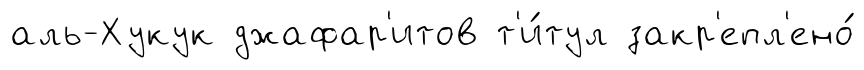
аль-Хукук джафар'итов т'и́тул закр'епл'ено́